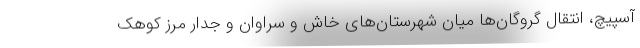
آسپیچ، انتقال گروگان‌ها میان شهرستان‌های خاش و سراوان و جدار مرز کوهک